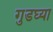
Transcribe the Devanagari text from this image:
गुडघ्या